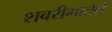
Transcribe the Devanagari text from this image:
शबरीमातेने